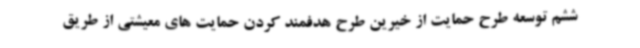
ششم توسعه طرح حمایت از خیرین طرح هدفمند کردن حمایت های معیشتی از طریق